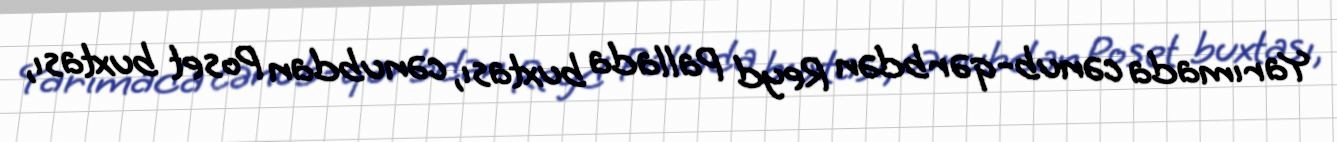
Yarımada cənub-qərbdən Reyd Pallada buxtası, cənubdan Poset buxtası,